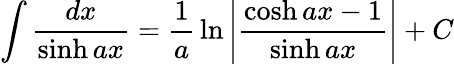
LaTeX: \int{\frac{dx}{\sinh ax}}={\frac{1}{a}}\ln\left|{\frac{\cosh ax-1}{\sinh ax}}\right|+C